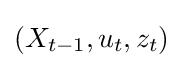
(X_{t-1},u_{t},z_{t})